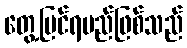
တွေ့မြင်ရမည်ဖြစ်သည်